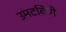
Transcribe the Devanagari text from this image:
उमटविणे